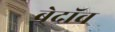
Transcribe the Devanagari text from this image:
बेदॉव